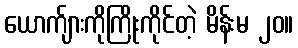
ယောက်ျားကိုကြိုးကိုင်တဲ့ မိန်းမ ၂၀။